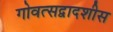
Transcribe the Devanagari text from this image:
गोवत्सद्वादशीस